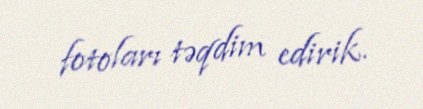
fotoları təqdim edirik.